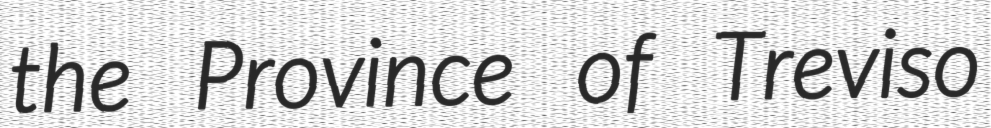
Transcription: the Province of Treviso